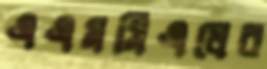
এএমসিএলের